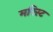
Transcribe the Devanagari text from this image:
मरिस्ट